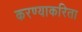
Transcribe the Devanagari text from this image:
करण्‍याकरिता